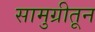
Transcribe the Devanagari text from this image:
सामुग्रीतून